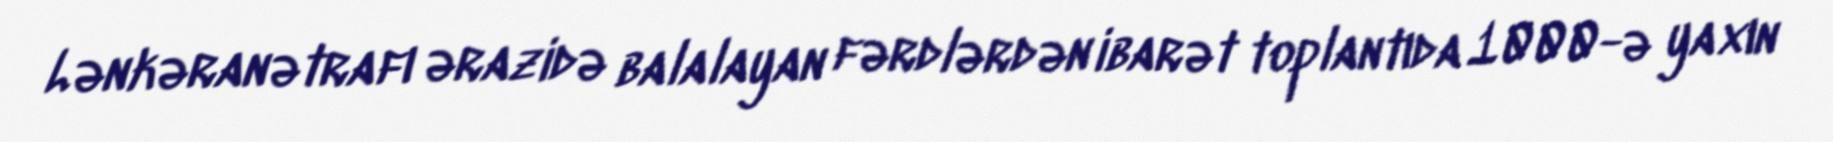
Lənkəranətrafı ərazidə balalayan fərdlərdən ibarət toplantıda 1000-ə yaxın